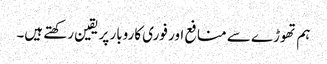
ہم تھوڑے سے منافع اور فوری کاروبار پر یقین رکھتے ہیں۔